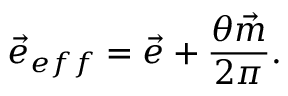
\vec { e } _ { e f f } = \vec { e } + \frac { \theta \vec { m } } { 2 \pi } .